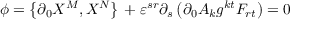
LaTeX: \phi = \left\{ \partial _ { 0 } X ^ { M } , X ^ { N } \right\} \, + \varepsilon ^ { s r } \partial _ { s } \left( \partial _ { 0 } A _ { k } g ^ { k t } F _ { r t } \right) = 0